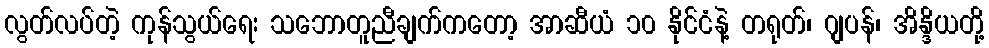
လွတ်လပ်တဲ့ ကုန်သွယ်ရေး သဘောတူညီချက်ကတော့ အာဆီယံ ၁၀ နိုင်ငံနဲ့ တရုတ်၊ ဂျပန်၊ အိန္ဒိယတို့